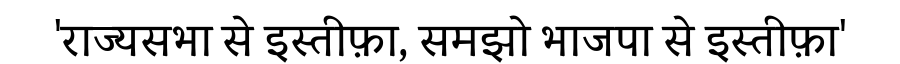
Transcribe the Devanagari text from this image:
'राज्यसभा से इस्तीफ़ा, समझो भाजपा से इस्तीफ़ा'